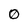
Character: 0